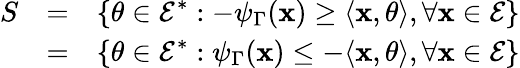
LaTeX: \begin{array}{rlr}{S}&{=}&{\displaystyle\left\{ \theta\in\mathcal{E}^{*}:-\psi_{\Gamma}(\mathbf{x})\geq\langle\mathbf{x},\theta\rangle,\forall\mathbf{x}\in\mathcal{E}\right\} }\\ &{=}&{\displaystyle\left\{ \theta\in\mathcal{E}^{*}:\psi_{\Gamma}(\mathbf{x})\leq-\langle\mathbf{x},\theta\rangle,\forall\mathbf{x}\in\mathcal{E}\right\} }\end{array}